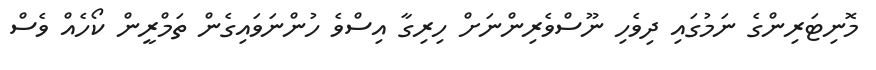
މޮނިޓަރިންގެ ނަމުގައި ދިވެހި ނޫސްވެރިންނަށް ހިރިގާ އިސްވެ ހުންނަވައިގެން ތަމްރީން ކޯހެއް ވެސް